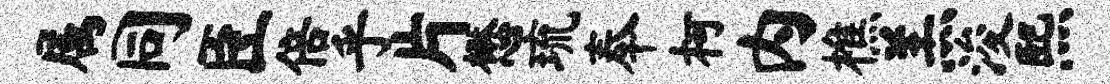
属同臣倍乎片懋琉奉柯内樵羔浚熙